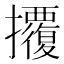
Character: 𢺁